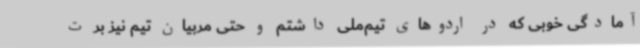
آمادگی خوبی که در اردوهای تیم‌ملی داشتم و حتی مربیان تیم نیز بر ت